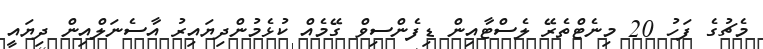
މެޗުގެ ފަހު 20 މިނެޓްތެރޭ ލެސްޓާއިން ޑިފެންސިވް ގޭމެއް ކުޅެމުންދިޔައިރު އާސެނަލްއިން ދިޔައީ